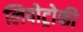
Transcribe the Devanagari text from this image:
लिपोट्रोफी